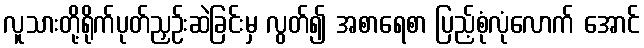
လူသားတို့ရိုက်ပုတ်ညှဉ်းဆဲခြင်းမှ လွတ်၍ အစာရေစာ ပြည့်စုံလုံလောက် အောင်